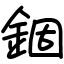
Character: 錮